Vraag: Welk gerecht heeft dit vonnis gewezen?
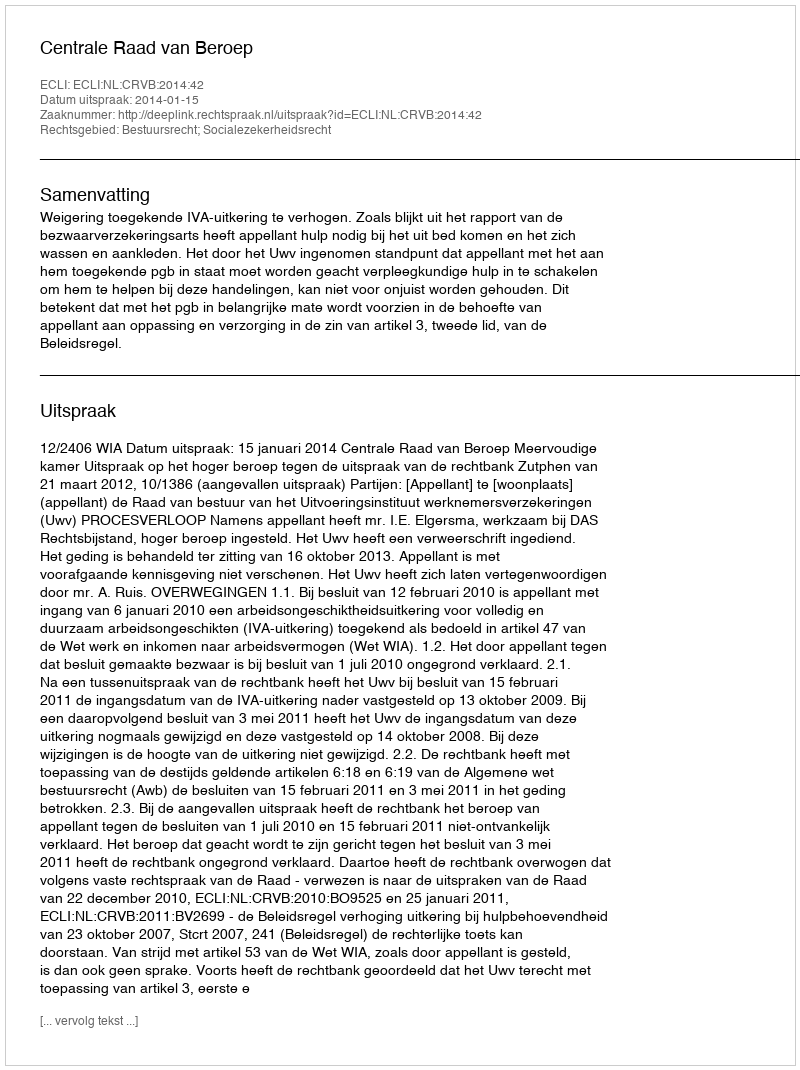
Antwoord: Centrale Raad van Beroep